Vaccination in the Punjab 1919-1929 - 1919-1929
Year: 1919
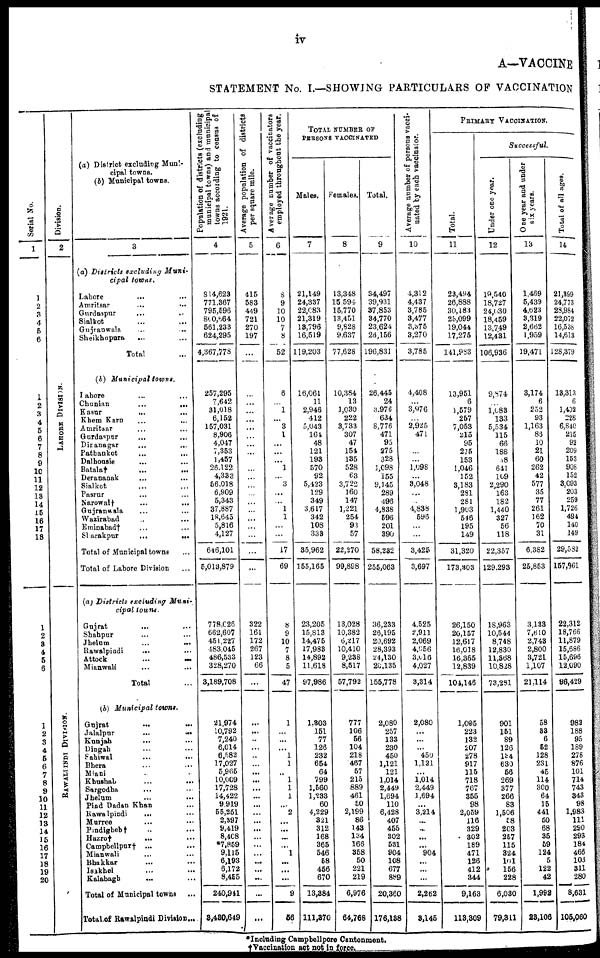
iv
A—VACCINE
STATEMENT No. I.—SHOWING PARTICULARS OF VACCINATION
Serial No.
1
1
2
3
4
5
6
1
2
3
4
5
6
7
8
9
10
11
12
13
14
15
16
17
18
1
2
3
4
5
6
1
2
3
4
5
6
7
8
9
10
11
12
13
14
15
16
17
18
19
20
Division.
2
L AHORE DI VI SI ON.
RAWAL P
INDI DI VI SI ON.
(a) District excluding Muni-
cipal towns.
(b) Municipal towns.
3
(a) Districts excluding
Muni-
cipal
towns.
Lahore ... ...
Amritsar ... ...
Gurdaspur
...
...
Sialkot ... ...
Gujranwala
...
...
Sheikhapura ... ...
Total ...
(b) Municipal
towns.
Lahore ... ...
Chunian
...
...
Kasur
... ...
Khem Karn ... ...
Amritsar
... ...
Gurdaspur ... ...
Dinanagar ... ...
Pathankot ... ...
Dalhousie ... ...
Batala†
...
...
Derananak ... ...
Sialkot ... ...
Pasrur ... ...
Narowal† ... ...
Gujranwala ... ...
Wazirabad ... ...
Eminabad† ... ...
Sharakpur
...
...
Total of Municipal towns ...
Total of Lahore Division ...
(a) Districts excluding
Muni-
cipal
towns.
Gujrat ... ...
Shahpur ... ...
Jhelum
...
...
Rawalpindi ... ...
Attock
...
...
Mianwali ... ...
Total ...
(b) Municipal
towns.
Gujrat
...
...
Jalalpur
...
...
Kunjah ... ...
Dingah ... ...
Sahiwal ... ...
Bhera ... ...
Miani ... ...
Khushal ... ...
Sargodha ... ...
Jhelum ... ...
Pind Dadan Khan ...
Rawalpindi
... ...
Murree ... ...
Pindigheb† ... ...
Hazro†
... ...
Campbellpur† ... ...
Mianwali ... ...
Bhakkar ... ...
Isakhel ... ...
Kalabagh ... ...
Total of Municipal towns ...
Total of Rawalpindi Division...
Population of districts (excluding
municipal towns) and municipal
towns according to census of
1921.
4
814,623
771,367
795,596
800,664
561,233
624,295
4,367,778
257,295
7,642
31,018
6,152
157,031
8,906
4,047
7,353
1,457
26,122
4,333
56,018
6,909
5,343
37,887
18,645
5,816
4,127
646,101
5,013,879
778,026
662,607
451,227
483,045
486,533
328,270
3,189,708
21,974
10,792
7,240
6,014
6,582
17,027
5,965
10,009
17,728
14,422
9,919
55,251
2,397
9,419
8,408
*7,859
9,115
6,193
6,172
8,455
240,911
3,480,649
Average population of districts
per square mile.
5
415
583
449
721
270
197
...
...
...
...
...
...
...
...
...
...
...
...
...
...
...
...
...
...
...
...
322
161
172
267
123
66
...
...
...
...
...
...
...
...
...
...
...
...
...
...
...
...
...
...
...
...
...
...
...
Average number of vaccinators
employed throughout the year.
6
8
9
10
10
7
8
52
6
... 1
...
3
1
...
...
...
1
...
3
...
...
1
1
...
...
17
69
8
9
10
7
8
5
47
1
...
...
...
1
1
...
1
1
1
...
2
...
...
...
...
1
...
...
...
9
56
TOTAL NUMBER OF
PERSONS VACCINATED
Males.
7
21,149
24,337
22,083
21,319
13,796
16,519
119,203
16,061
11
2,946
412
5,043
164
48
121
193
570
92
5,423
129
349
3,617
342
108
333
35,962
155,165
23,205
15,813
14,475
17,983
14,892
11,618
97,986
1,303
151
77
126
232
654
64
799
1,560
1,233
60
4,229
321
312
168
365
546
58
456
670
13,384
111,370
Females.
8
13,348
15,594
15,770
13,451
9,828
9,637
77,628
10,384
13
1,030
222
3,733
307
47
154
135
528
63
3,722
160
147
1,221
254
93
57
22,270
99,898
13,028
10,382
6,217
10,410
9,238
8,517
57,792
777
106
56
104
218
467
57
215
889
461
50
2,199
86
143
134
166
358
50
221
219
6,976
64,768
Total.
9
34,497
39,931
37,853
34,770
23,624
26,156
196,831
26,445
24
3,976
634
8,776
471
95
275
328
1,098
155
9,145
289
496
4,838
596
201
390
58,282
255,063
36,233
26,195
20,692
28,393
24,130
20,135
155,778
2,080
257
133
230
450
1,121
121
1,014
2,449
1,694
110
6,428
407
455
302
531
904
108
677
889
20,360
176,188
Average number of persons vacci-
nated by each vaccinator.
10
4,312
4,437
3,785
3,477
3,375
3,270
3,785
4,408
... 3,976
...
2,925
471
...
...
1,098
...
3,048
...
...
4,838
596
...
...
3,425
3,697
4,525
2,911
2,069
4,056
3,016
4,027
3,314
2,080
...
...
...
450
1,121
...
1,014
2,449
1,694
...
3,214
...
...
...
...
904
...
...
...
2,252
8,145
PRIMARY VACCINATION.
Successful.
Total.
11
23,494
26,888
30,183
25,099
19,044
17,275
141,983
13,951
6
0,579
257
7,053
215
95
275
153
1,046
152
3,183
231
281
1,903
546
195
149
31,320
173,303
26,150
20,157
12,617
16,018
16,365
12,839
104,146
1,005
223
132
207
278
917
115
718
767
355
98
2,059
116
329
302
189
471
126
412
344
9,163
118,809
Under one year.
12
19,540
18,727
24,030
18,459
13,749
12,431
106,936
9,874
... 1,083
133
5,534
115
66
188
38
641
109
2,290
163
182
1,440
327
56
118
22,357
129,293
18,963
10,544
8,748
12,830
11,368
10,828
73,281
901
151
89
126
154
630
56
269
377
266
83
1,506
58
203
257
115
824
101
156
228
6,030
79,811
One year and under
six years.
13
1,469
5,439
4,623
3,319
2,662
1,959
19,471
3,174
6
252
93
1,163
86
10
21
60
262
42
577
35
77
261
162
70
31
6,382
25,853
3,183
7,610
2,743
2,800
3,721
1,107
21,114
58
83
6
52
128
231
45
114
300
64
15
441
50
68
35
59
124
5
122
42
1,992
28,106
Total of all ages.
14
21,399
24,773
28,984
22,072
16,538
14,613
128,379
13,313
6
1,402
228
6,840
215
92
209
153
908
152
3,093
203
259
1,726
484
140
149
29,532
157,961
22,312
18,766
11,879
15,686
15,696
12,090
96,429
988
188
95
189
278
876
101
714
743
343
98
1,983
111
290
293
184
466
103
311
280
8,631
105,060
*Including Campbellpore Cantonment.
† Vaccination act not in force.